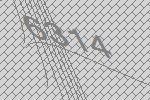
6314